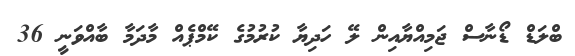
ބްލަޑް ޑޯނާސް ޖަމިއްޔާއިން ލޭ ހަދިޔާ ކުރުމުގެ ކޭމްޕެއް މާދަމާ ބާއްވަނީ 36